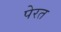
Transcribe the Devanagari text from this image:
पेरत